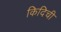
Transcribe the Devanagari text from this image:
किदिची